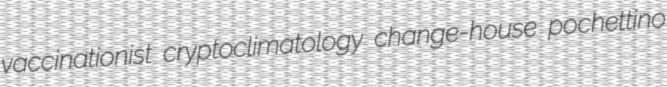
vaccinationist cryptoclimatology change-house pochettino